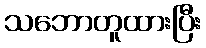
သဘောတူထားပြီး